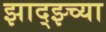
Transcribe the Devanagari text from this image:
झाद्झ्च्या